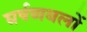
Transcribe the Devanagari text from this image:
घर्षणबलों